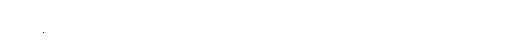
ဖြစ်ကုန်လတ္တံ့။ သေယျထာပိ နာမ၊ ဥပမာမည်သည်ကား။ ပုရိသော၊ ယောကျ်ားသည်။ ပရိသုဒ္ဓံ၊